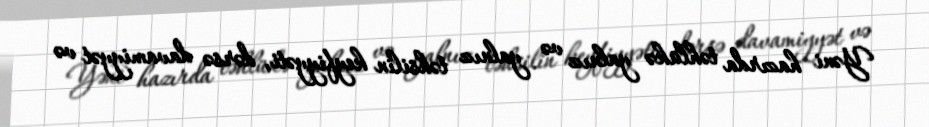
Yəni hazırda təhlükə yalnız və yalnız təhsilin keyfiyyəti, dərsə davamiyyət və